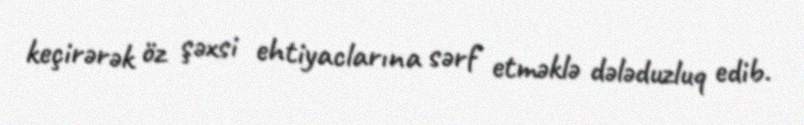
keçirərək öz şəxsi ehtiyaclarına sərf etməklə dələduzluq edib.